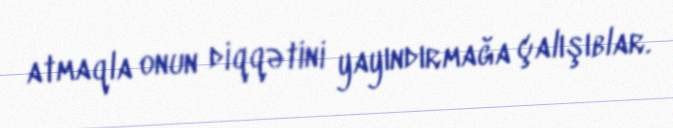
atmaqla onun diqqətini yayındırmağa çalışıblar.